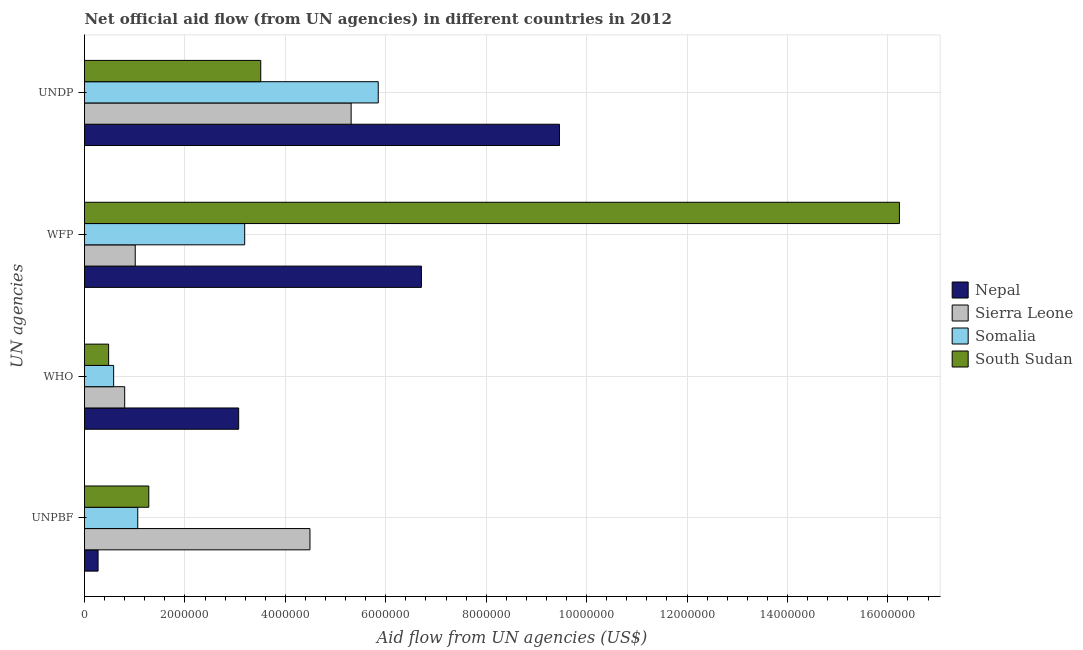
| UN agencies | Nepal | Sierra Leone | Somalia | South Sudan |
 | --- | --- | --- | --- | --- |
 | UNPBF | 2.7e+05 | 4.49e+06 | 1.06e+06 | 1.28e+06 |
 | WHO | 3.07e+06 | 8e+05 | 5.8e+05 | 4.8e+05 |
 | WFP | 6.71e+06 | 1.01e+06 | 3.19e+06 | 1.62e+07 |
 | UNDP | 9.46e+06 | 5.31e+06 | 5.85e+06 | 3.51e+06 |